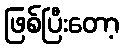
ဖြစ်ပြီးတော့